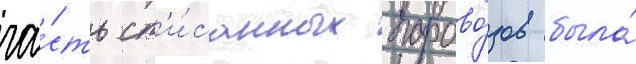
ча́сть сп'и́санных парово́зов была́